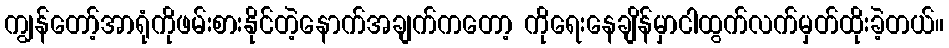
ကျွန်တော့်အာရုံကိုဖမ်းစားနိုင်တဲ့နောက်အချက်ကတော့ ကိုရေးနေချိန်မှာငါထွက်လက်မှတ်ထိုးခဲ့တယ်။